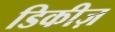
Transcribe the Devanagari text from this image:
डिकीज़